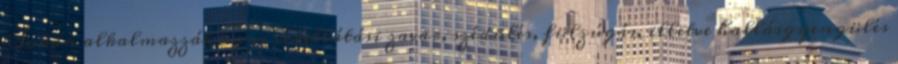
Sokan alkalmazzák agyi vérellátási zavar, szédülés, fülzúgás, illetve hallásgyengülés